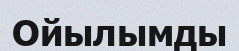
Ойылымды